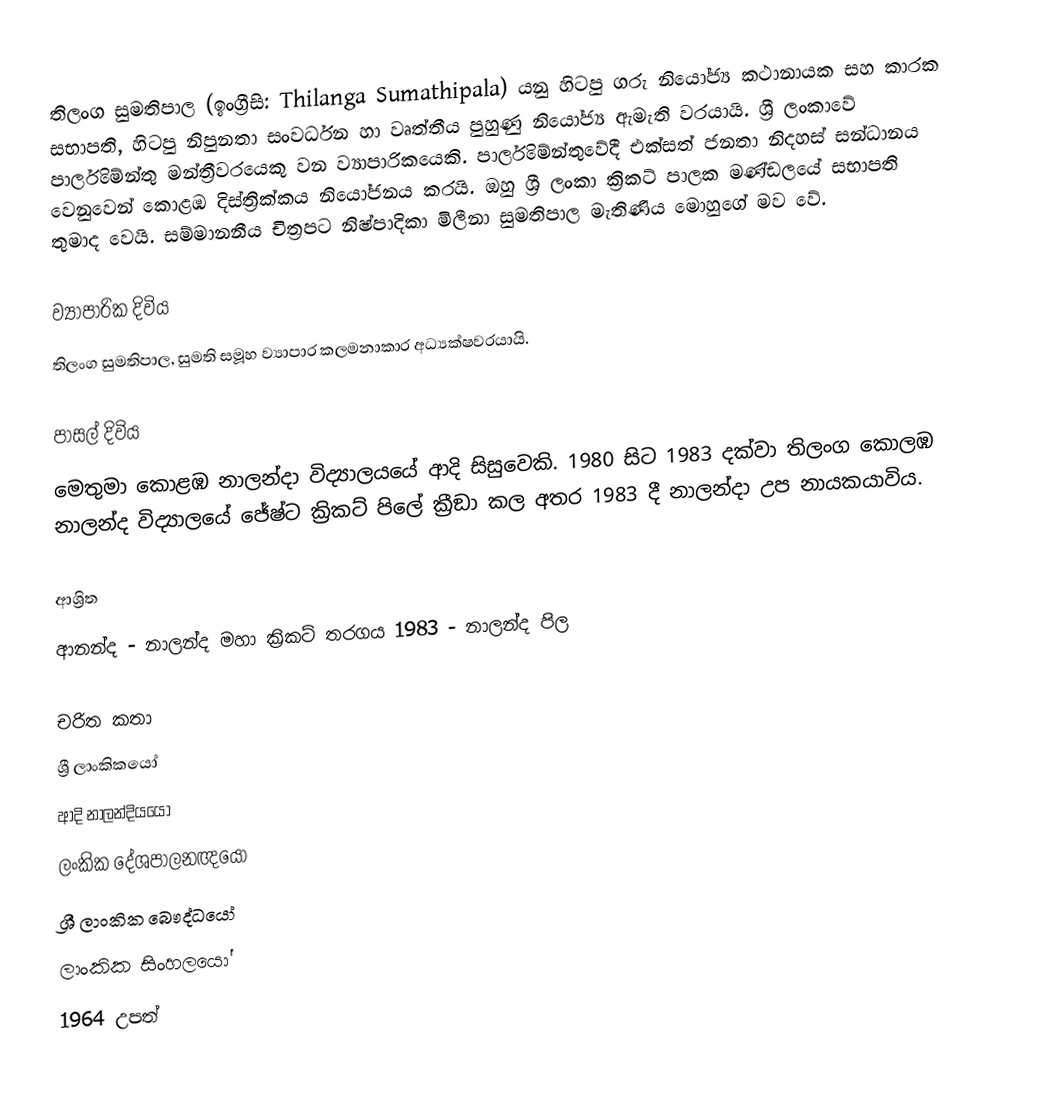
තිලංග සුමතිපාල (ඉංග්‍රීසි: Thilanga Sumathipala) යනු හිටපු ගරු නියෝජ්‍ය කථානායක සහ කාරක සභාපති,  හිටපු නිපුනතා සංවර්ධන හා වෘත්තීය පුහුණු නියෝජ්‍ය ඇමැති වරයායි. ශ්‍රී ලංකාවේ පාර්ලිමේන්තු මන්ත්‍රීවරයෙකු වන ව්‍යාපාරිකයෙකි. පාර්ලිමේන්තුවේදී එක්සත් ජනතා නිදහස් සන්ධානය වෙනුවෙන් කොළඹ දිස්ත්‍රික්කය නියෝජනය කරයි. ඔහු ශ්‍රී ලංකා ක්‍රිකට් පාලක මණ්ඩලයේ සභාපති තුමාද වෙයි. සම්මානනීය චිත්‍රපට නිෂ්පාදිකා මිලීනා සුමතිපාල මැතිණිය මොහුගේ මව වේ.

ව්‍යාපාරික දිවිය
තිලංග සුමතිපාල, සුමති සමූහ ව්‍යාපාර කලමනාකාර අධ්‍යක්ෂවරයායි.

පාසල් දිවිය
මෙතුමා  කොළඹ නාලන්දා විද්‍යාලයයේ ආදි සිසුවෙකි.  1980 සිට 1983 දක්වා තිලංග කොලඹ නාලන්ද  විද්‍යාලයේ  ජේෂ්ට ක්‍රිකට් පිලේ ක්‍රීඞා  කල අතර 1983 දී නාලන්දා උප නායකයාවිය.

ආශ්‍රිත
 ආනන්ද - නාලන්ද මහා ක්‍රිකට් තරගය 1983 - නාලන්ද පිල

චරිත කතා
ශ්‍රී ලාංකිකයෝ
ආදි නාලන්දියයෝ
ලංකික දේශපාලනඥයෝ
ශ්‍රී ලාංකික බෞද්ධයෝ
ලාංකික සිංහලයෝ
1964 උපත්